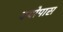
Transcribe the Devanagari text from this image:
क्योपास